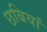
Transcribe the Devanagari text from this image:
छबियां